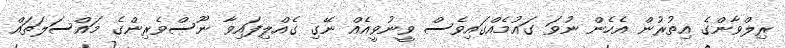
ރިލްވާންގެ އިތުރުން އެހެން ނުވަ ގައުމެއްގައިވެސް ވީނުވީއެއް ނޭގި ގެއްލިފައިވާ ނޫސްވެރިންގެ މައްސަލަތައް